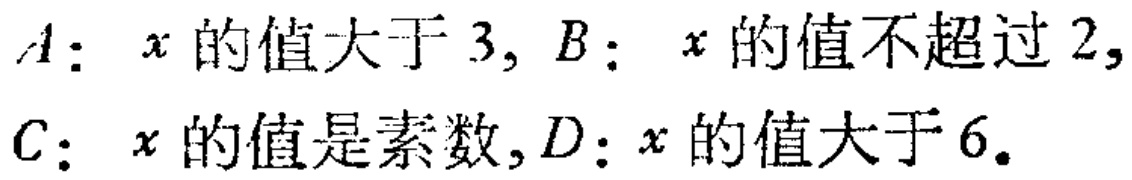
$A$: $x$的值大于$3$, $B$: $x$的值不超过$2$,
$C$: $x$的值是素数, $D$: $x$的值大于$6$.